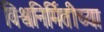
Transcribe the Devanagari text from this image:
विश्वनिर्मितीच्या